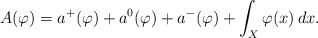
\begin{align*} A(\varphi)=a^+(\varphi)+a^0(\varphi)+a^-(\varphi)+\int_X\varphi(x)\,dx.\end{align*}